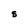
Character: s